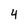
Character: 4